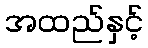
အထည်နှင့်